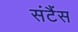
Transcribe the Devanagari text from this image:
संटैंस